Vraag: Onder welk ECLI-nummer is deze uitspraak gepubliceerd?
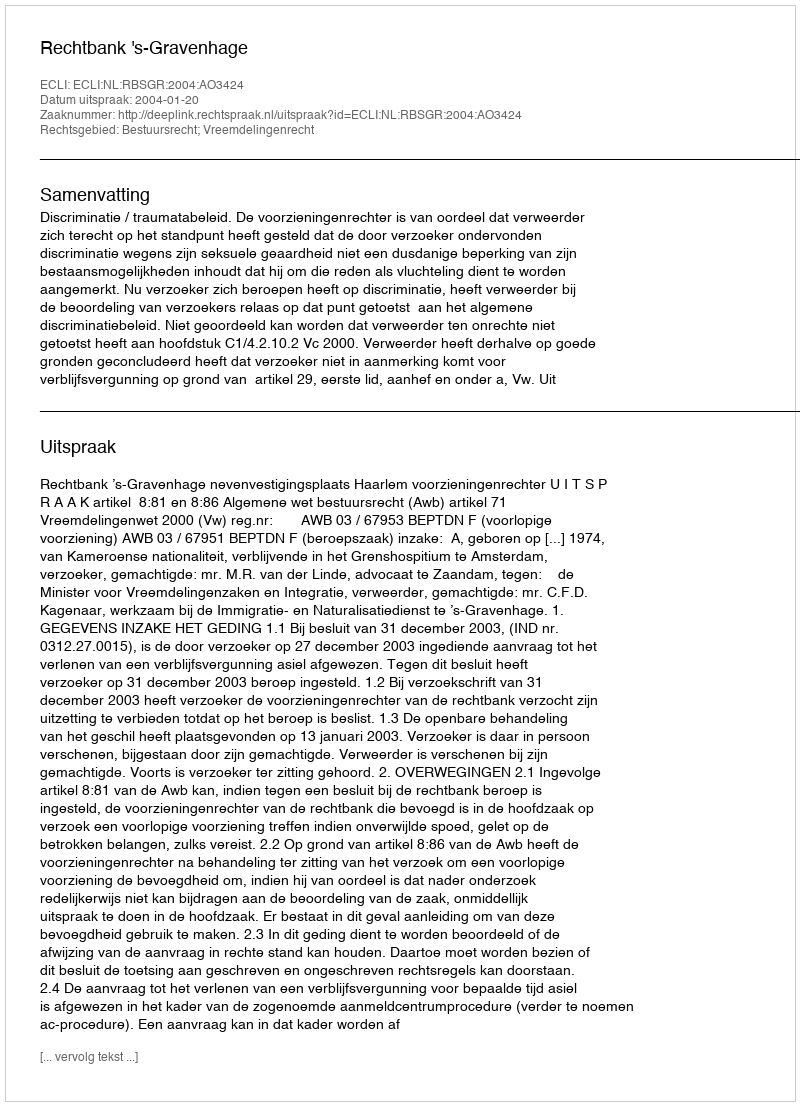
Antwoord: ECLI:NL:RBSGR:2004:AO3424